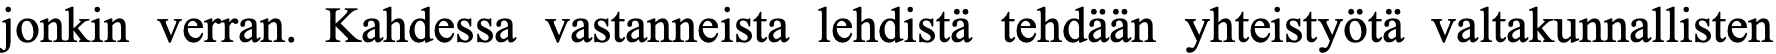
jonkin verran. Kahdessa vastanneista lehdistä tehdään yhteistyötä valtakunnallisten